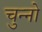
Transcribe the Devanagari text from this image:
चुन्नो